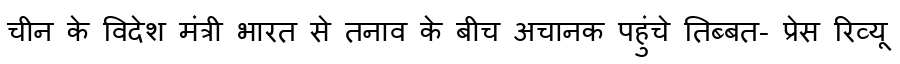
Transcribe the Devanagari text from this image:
चीन के विदेश मंत्री भारत से तनाव के बीच अचानक पहुंचे तिब्बत- प्रेस रिव्यू